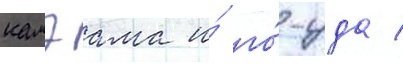
камэама и́ го́-уда /